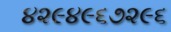
૪૨૯૪૯૬૭૨૯૬